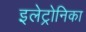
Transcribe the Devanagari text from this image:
इलेट्रोनिका